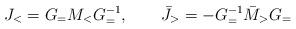
LaTeX: \begin{align*}J_<=G_=M_<G_=^{-1},~~~~~~\bar{J}_>=-G^{-1}_=\bar{M}_>G_=\end{align*}